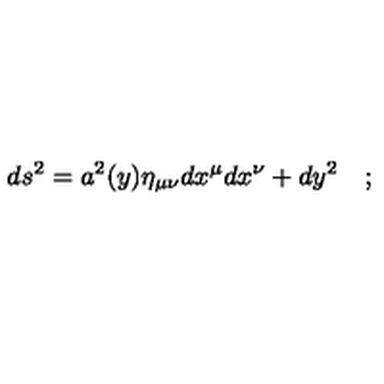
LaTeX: d s ^ { 2 } = a ^ { 2 } ( y ) \eta _ { \mu \nu } d x ^ { \mu } d x ^ { \nu } + d y ^ { 2 } \quad ;